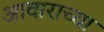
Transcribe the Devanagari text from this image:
आवाराच्या